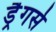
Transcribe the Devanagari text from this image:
ड्रैगर्स